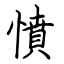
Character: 憤